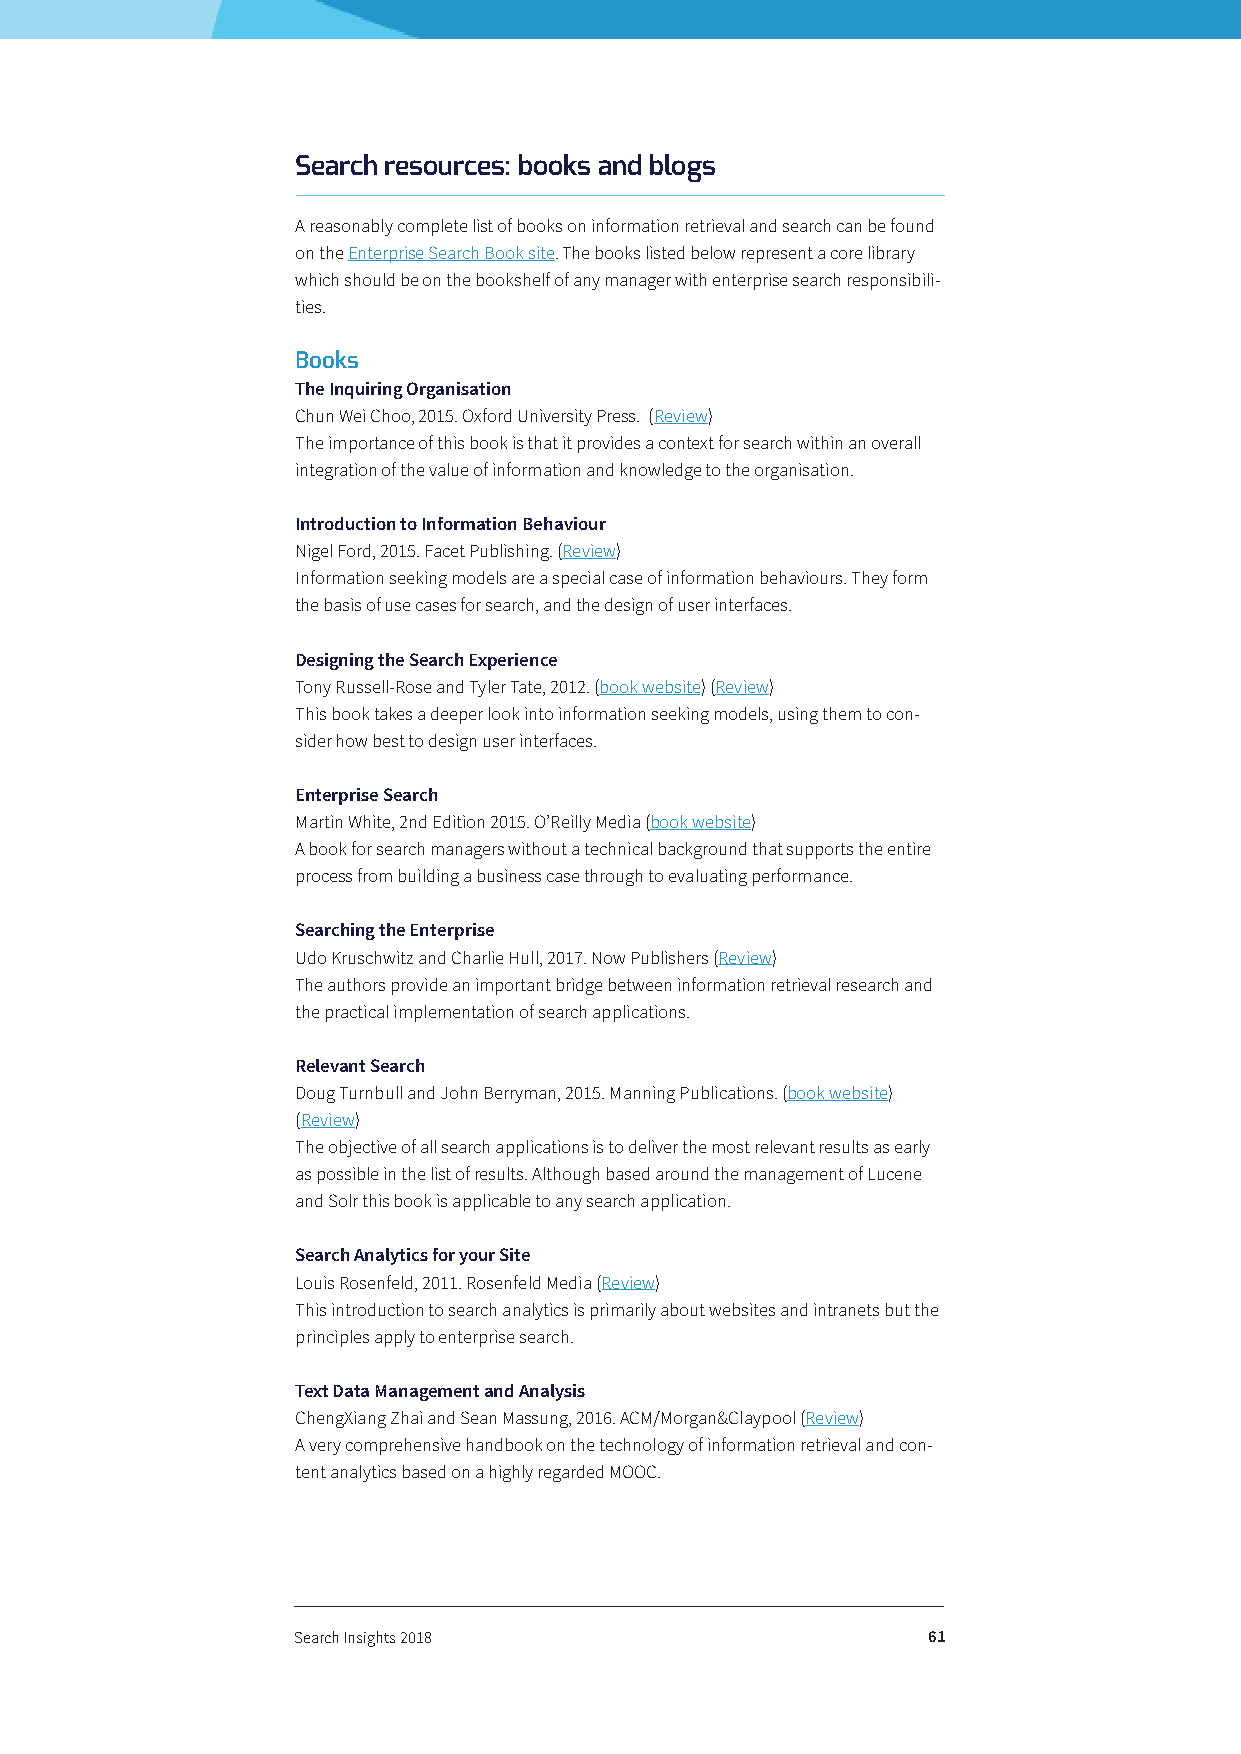
Search resources: books and blogs
 A reasonably complete list of books on information retrieval and search can be found
 on the Enterprise Search Book site. The books listed below represent a core library
 which should be on the bookshelf of any manager with enterprise search responsibili-
 ties.
 Books
 The Inquiring Organisation
 Chun Wei Choo, 2015. Oxford University Press. (Review)
 The importance of this book is that it provides a context for search within an overall
 integration of the value of information and knowledge to the organisation.
 Introduction to Information Behaviour
 Nigel Ford, 2015. Facet Publishing. (Review)
 Information seeking models are a special case of information behaviours. They form
 the basis of use cases for search, and the design of user interfaces.
 Designing the Search Experience
 Tony Russell-Rose and Tyler Tate, 2012. (book website) (Review)
 This book takes a deeper look into information seeking models, using them to con-
 sider how best to design user interfaces.
 Enterprise Search
 Martin White, 2nd Edition 2015. O’Reilly Media (book website)
 A book for search managers without a technical background that supports the entire
 process from building a business case through to evaluating performance.
 Searching the Enterprise
 Udo Kruschwitz and Charlie Hull, 2017. Now Publishers (Review)
 The authors provide an important bridge between information retrieval research and
 the practical implementation of search applications.
 Relevant Search
 Doug Turnbull and John Berryman, 2015. Manning Publications. (book website)
 (Review)
 The objective of all search applications is to deliver the most relevant results as early
 as possible in the list of results. Although based around the management of Lucene
 and Solr this book is applicable to any search application.
 Search Analytics for your Site
 Louis Rosenfeld, 2011. Rosenfeld Media (Review)
 This introduction to search analytics is primarily about websites and intranets but the
 principles apply to enterprise search.
 Text Data Management and Analysis
 ChengXiang Zhai and Sean Massung, 2016. ACM/Morgan&Claypool (Review)
 A very comprehensive handbook on the technology of information retrieval and con-
 tent analytics based on a highly regarded MOOC.
 Search Insights 2018                      61